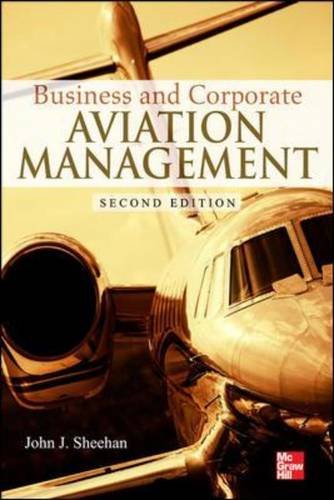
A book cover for Business and Corporate Aviation Management, Second Edition; John Sheehan; Travel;